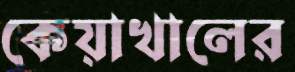
কেয়াখালের